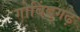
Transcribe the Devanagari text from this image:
गोबिंदगढ़